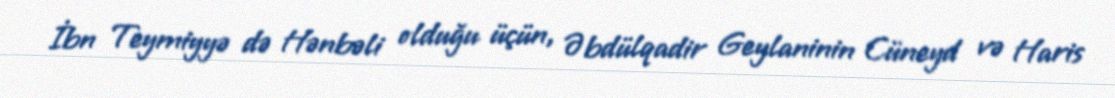
İbn Teymiyyə də Hənbəli olduğu üçün, Əbdülqadir Geylaninin Cüneyd və Haris